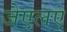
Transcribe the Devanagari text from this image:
जेएलए